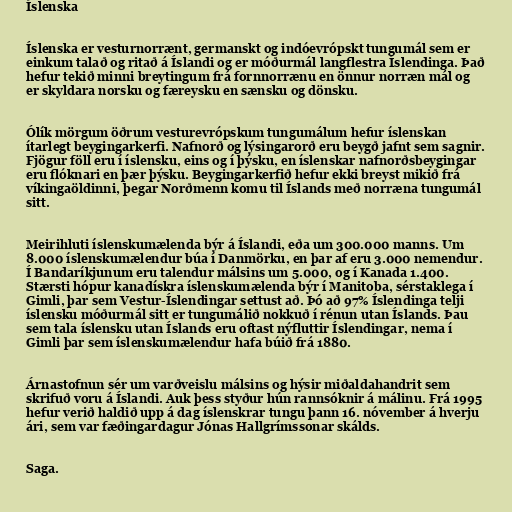
Íslenska

Íslenska er vesturnorrænt, germanskt og indóevrópskt tungumál sem er
einkum talað og ritað á Íslandi og er móðurmál langflestra Íslendinga. Það
hefur tekið minni breytingum frá fornnorrænu en önnur norræn mál og
er skyldara norsku og færeysku en sænsku og dönsku.

Ólík mörgum öðrum vesturevrópskum tungumálum hefur íslenskan
ítarlegt beygingarkerfi. Nafnorð og lýsingarorð eru beygð jafnt sem sagnir.
Fjögur föll eru í íslensku, eins og í þýsku, en íslenskar nafnorðsbeygingar
eru flóknari en þær þýsku. Beygingarkerfið hefur ekki breyst mikið frá
víkingaöldinni, þegar Norðmenn komu til Íslands með norræna tungumál
sitt.

Meirihluti íslenskumælenda býr á Íslandi, eða um 300.000 manns. Um
8.000 íslenskumælendur búa í Danmörku, en þar af eru 3.000 nemendur.
Í Bandaríkjunum eru talendur málsins um 5.000, og í Kanada 1.400.
Stærsti hópur kanadískra íslenskumælenda býr í Manitoba, sérstaklega í
Gimli, þar sem Vestur-Íslendingar settust að. Þó að 97% Íslendinga telji
íslensku móðurmál sitt er tungumálið nokkuð í rénun utan Íslands. Þau
sem tala íslensku utan Íslands eru oftast nýfluttir Íslendingar, nema í
Gimli þar sem íslenskumælendur hafa búið frá 1880.

Árnastofnun sér um varðveislu málsins og hýsir miðaldahandrit sem
skrifuð voru á Íslandi. Auk þess styður hún rannsóknir á málinu. Frá 1995
hefur verið haldið upp á dag íslenskrar tungu þann 16. nóvember á hverju
ári, sem var fæðingardagur Jónas Hallgrímssonar skálds.

Saga.